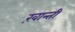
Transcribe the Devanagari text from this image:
ख़ान्ती